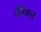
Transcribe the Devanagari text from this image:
जैवियर